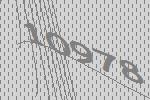
10978